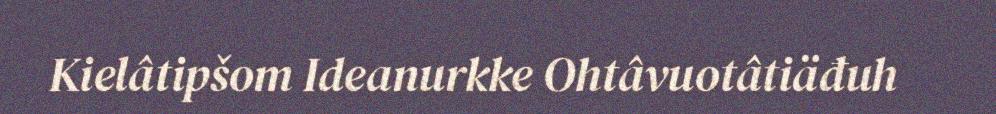
Kielâtipšom Ideanurkke Ohtâvuotâtiäđuh